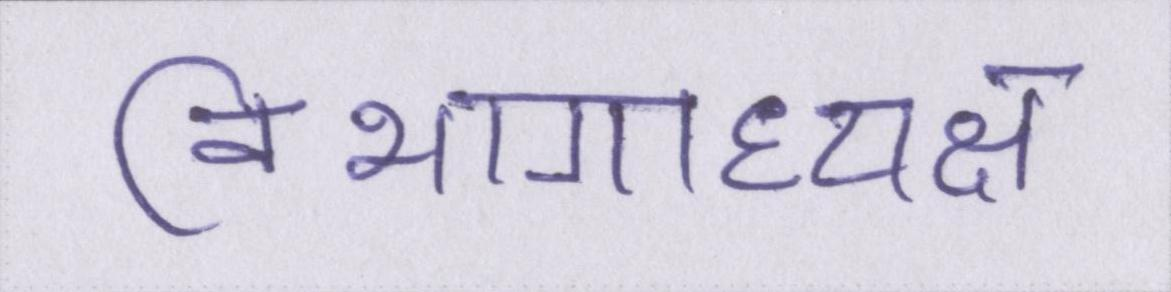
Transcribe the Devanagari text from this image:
विभागाध्यक्ष